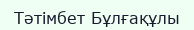
Тәтімбет Бұлғақұлы